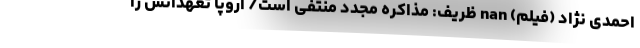
احمدی نژاد (فیلم) nan ظریف: مذاکره مجدد منتفی است/ اروپا تعهداتش را